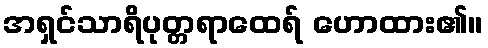
အရှင်သာရိပုတ္တရာထေရ် ဟောထား၏။